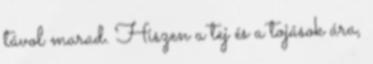
távol marad. Hiszen a tej és a tojások ára,